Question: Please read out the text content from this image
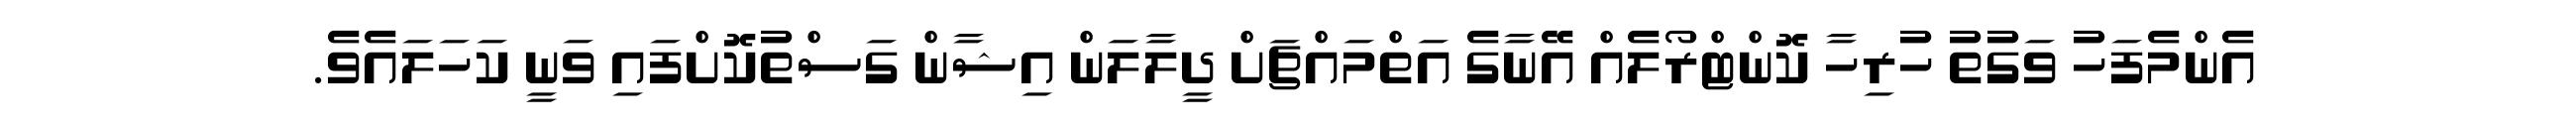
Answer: އެންމެފަހު ވަގުތު ހުރިހާ ކޮންޓްރޯލެއް އޭނާގެ އަތްމައްޗަށް ދީލާލަން އިޝާން ގަސްތުކޮށްފައި ވަނީ ކަހަލައެވެ.